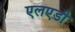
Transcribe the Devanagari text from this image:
एलएडी